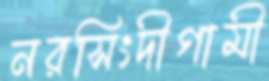
নরসিংদীগামী